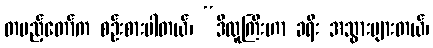
တပည့်တော်က စဉ်းစားပါတယ်၊ “ဒီလူကြီးဟာ ခရီး အသွားများတယ်၊